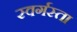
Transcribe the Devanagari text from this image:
स्वर्गस्ता